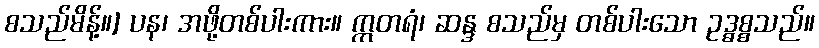
စသည်မိန့်။] ပန၊ အဖို့တစ်ပါးကား။ ဣတရံ၊ ဆန္ဒ စသည်မှ တစ်ပါးသော ဥဒ္ဓစ္စသည်။